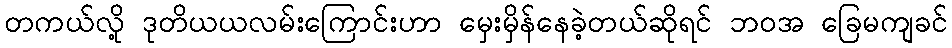
တကယ်လို့ ဒုတိယယလမ်းကြောင်းဟာ မှေးမှိန်နေခဲ့တယ်ဆိုရင် ဘဝအ ခြေမကျခင်